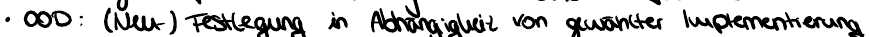
OOD : (Neu) Festlegung in Abhängigkeit von gewählter Implementierung